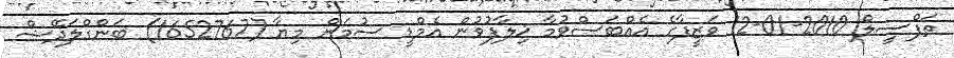
ތަފްސީލް 2010-01-12 ވަޒީފާގެ އެއްބަސްވުމާ ޚިލާފުވުން އެމްޑީ ސުމަން މިޔާ (1652767) ބަންގްލަދޭޝް